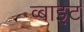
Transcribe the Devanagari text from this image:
व्बाइट